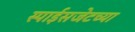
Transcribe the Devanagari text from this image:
स्पाईसजेटच्या